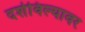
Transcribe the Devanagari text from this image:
दर्शविल्यावर